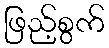
ဖြည့်စွက်